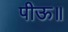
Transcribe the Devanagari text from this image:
पीऊ॥